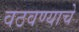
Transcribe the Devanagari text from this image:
वठवण्याचे